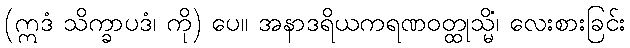
(ဣဒံ သိက္ခာပဒံ၊ ကို) ပေ။ အနာဒရိယကရဏဝတ္ထုသ္မိံ၊ လေးစားခြင်း